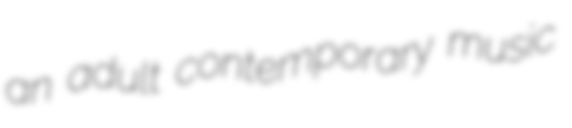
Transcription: an adult contemporary music